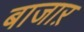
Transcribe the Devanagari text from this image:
बाजाऱ